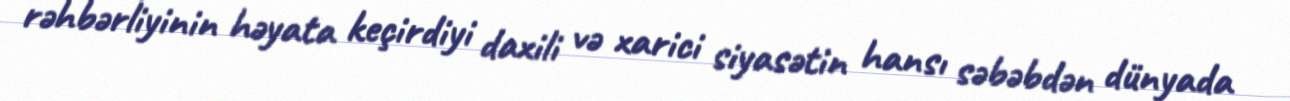
rəhbərliyinin həyata keçirdiyi daxili və xarici siyasətin hansı səbəbdən dünyada